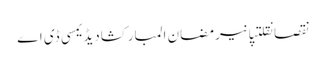
نقصانقلتپانیرمضان المبارکشادیڈیمسی ڈی اے